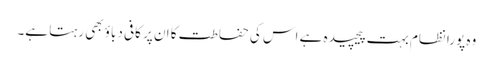
وہ پورا نظام بہت پیچیدہ ہے اس کی حفاطت کا ان پر کافی دباؤ بھی رہتا ہے۔